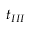
t _ { I I I }